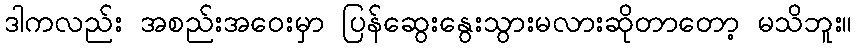
ဒါကလည်း အစည်းအဝေးမှာ ပြန်ဆွေးနွေးသွားမလားဆိုတာတော့ မသိဘူး။